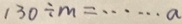
1 3 0 \div m = \cdots a